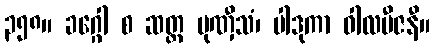
၃၅၈။ ခဂ္ဂေါ စ ဆတ္တ မုဏှီသံ၊ ပါဒုကာ ဝါလဗီဇနီ။